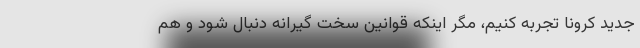
جدید کرونا تجربه کنیم، مگر اینکه قوانین سخت گیرانه دنبال شود و هم